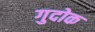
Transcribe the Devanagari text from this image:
गुदोक